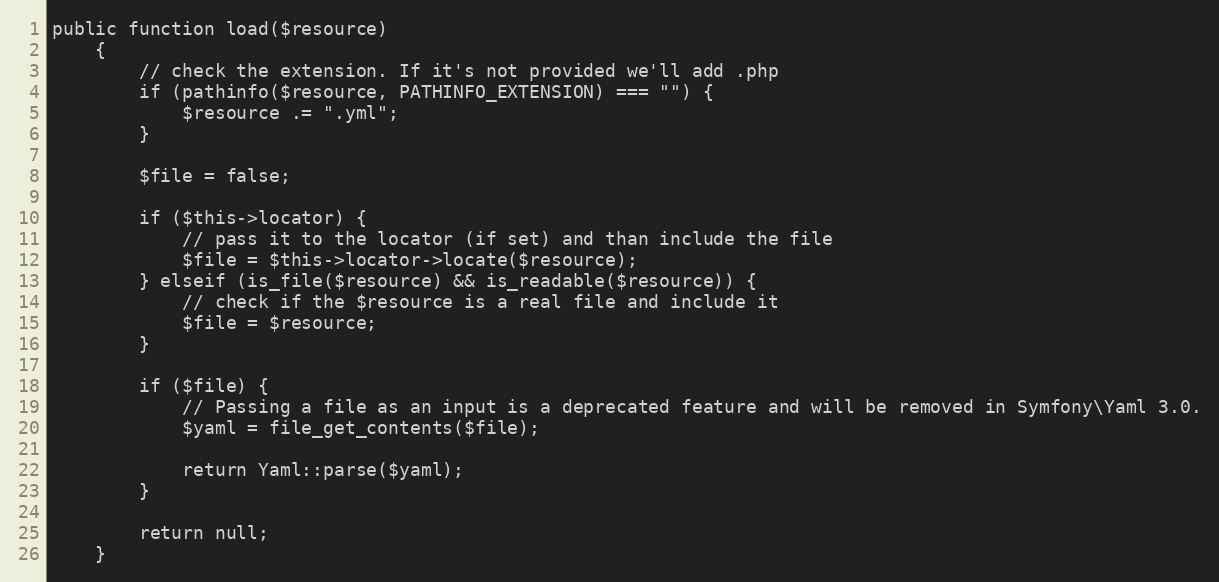
Language: PHP
public function load($resource)
    {
        // check the extension. If it's not provided we'll add .php
        if (pathinfo($resource, PATHINFO_EXTENSION) === "") {
            $resource .= ".yml";
        }

        $file = false;

        if ($this->locator) {
            // pass it to the locator (if set) and than include the file
            $file = $this->locator->locate($resource);
        } elseif (is_file($resource) && is_readable($resource)) {
            // check if the $resource is a real file and include it
            $file = $resource;
        }

        if ($file) {
            // Passing a file as an input is a deprecated feature and will be removed in Symfony\Yaml 3.0.
            $yaml = file_get_contents($file);

            return Yaml::parse($yaml);
        }

        return null;
    }